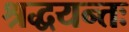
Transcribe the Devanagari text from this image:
श्रद्धयन्तः